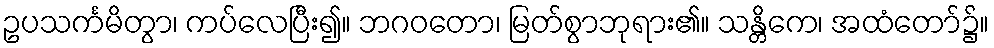
ဥပသင်္ကမိတွာ၊ ကပ်လေပြီး၍။ ဘဂဝတော၊ မြတ်စွာဘုရား၏။ သန္တိကေ၊ အထံတော်၌။